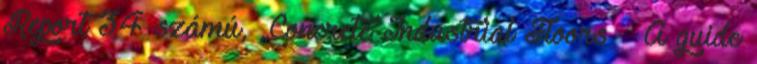
Report 34 számú, „Concrete Industrial Floors – A guide